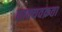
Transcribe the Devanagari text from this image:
वाक्यवक्रता